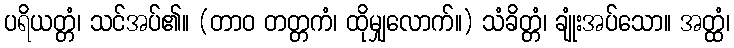
ပရိယတ္တံ၊ သင်အပ်၏။ (တာဝ တတ္တကံ၊ ထိုမျှလောက်။) သံခိတ္တံ၊ ချုံးအပ်သော။ အတ္ထံ၊